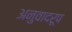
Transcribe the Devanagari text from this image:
अनुवादरूप